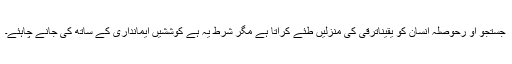
جستجو او رحوصلہ انسان کو یقیناًترقی کی منزلیں طئے کراتا ہے مگر شرط یہ ہے کوششیں ایمانداری کے ساتھ کی جانے چاہئے۔